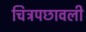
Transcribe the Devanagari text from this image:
चित्रपछावली